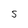
Character: S